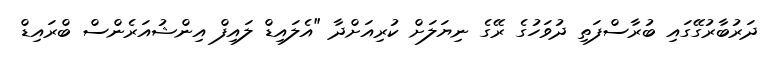
ދަރުބާރުގޭގައި ބުރާސްފަތި ދުވަހުގެ ރޭގެ ނިޔަލަށް ކުރިއަށްދާ "އެލައިޑް ލައިފް އިންޝުއަރެންސް ބްރައިޑް